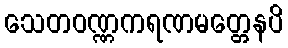
သေတဝဏ္ဏကရဏမတ္တေနပိ